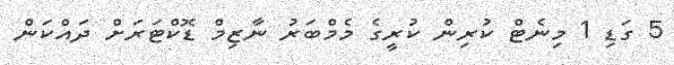
5 ގަޑި 1 މިނެޓް ކުރިން ކުރީގެ މެމްބަރު ނާޒިމް ޑޮކްޓަރަށް ދައްކަން